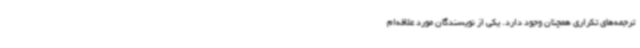
ترجمه‌های تکراری همچنان وجود دارد. یکی از نویسندگان مورد علاقه‌ام